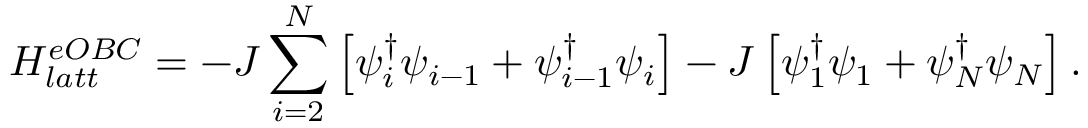
H _ { l a t t } ^ { e O B C } = - J \sum _ { i = 2 } ^ { N } \left[ \psi _ { i } ^ { \dagger } \psi _ { i - 1 } + \psi _ { i - 1 } ^ { \dagger } \psi _ { i } \right] - J \left[ \psi _ { 1 } ^ { \dagger } \psi _ { 1 } + \psi _ { N } ^ { \dagger } \psi _ { N } \right] .